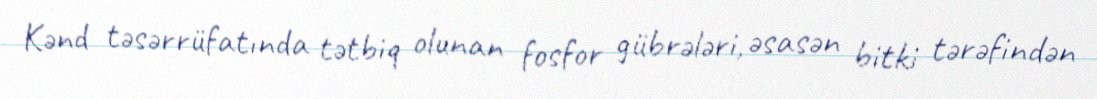
Kənd təsərrüfatında tətbiq olunan fosfor gübrələri, əsasən bitki tərəfindən